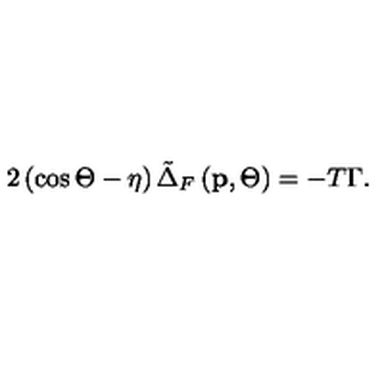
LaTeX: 2 \left( \cos \Theta - \eta \right) \tilde { \Delta } _ { F } \left( \mathbf { p } , \Theta \right) = - T \Gamma .